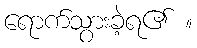
ရောက်သွားခဲ့ရ၏ ။